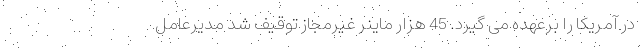
در آمریکا را برعهده می گیرد. 45 هزار ماینر غیرمجاز توقیف شد مدیرعامل